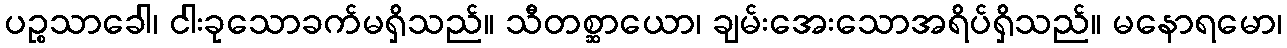
ပဉ္စသာခေါ၊ ငါးခုသောခက်မရှိသည်။ သီတစ္ဆာယော၊ ချမ်းအေးသောအရိပ်ရှိသည်။ မနောရမော၊